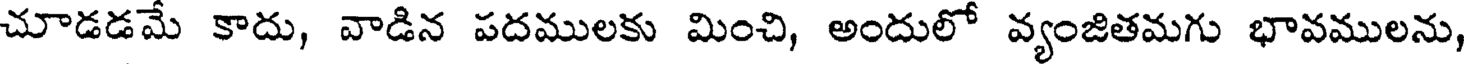
చూడడమే కాదు, వాడిన పదములకు మించి, అందులో వ్యంజితమగు భావములను,